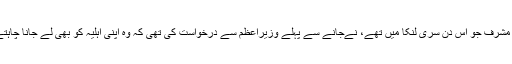
جنرل مشرف جو اس دن سری لنکا میں تھے، نےجانے سے پہلے وزیراعظم سے درخواست کی تھی کہ وہ اپنی اہلیہ کو بھی لے جانا چاہتے ہیں۔